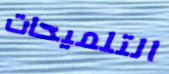
التلميحات